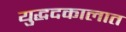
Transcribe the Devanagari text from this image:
युद्धदकालात